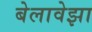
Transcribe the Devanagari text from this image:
बेलावेझा